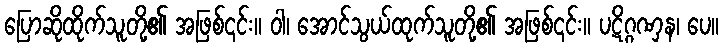
ပြောဆိုထိုက်သူတို့၏ အဖြစ်၎င်း။ ဝါ၊ အောင်သွယ်ထုက်သူတို့၏ အဖြစ်၎င်း။ ပဋိဂ္ဂဏှန၊ ပေ။